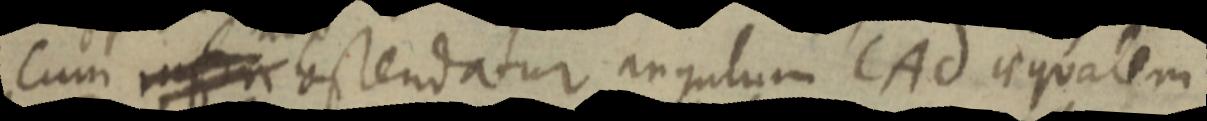
Cum infra ostendatur angulum CAd aequalem